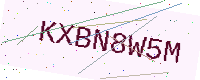
Text: KXBN8W5M